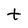
Character: t